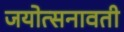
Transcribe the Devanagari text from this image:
जयोत्सनावती